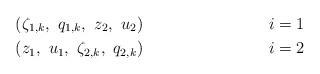
LaTeX: \begin{align*} &(\zeta_{1,k},\ q_{1,k},\ z_2,\ u_2) & i&=1\\ &(z_1,\ u_1,\ \zeta_{2,k},\ q_{2,k}) & i&=2\end{align*}